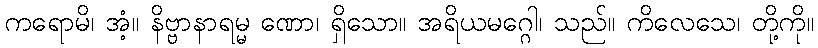
ကရောမိ၊ အံ့။ နိဗ္ဗာနာရမ္မ ဏော၊ ရှိသော။ အရိယမဂ္ဂေါ၊ သည်။ ကိလေသေ၊ တို့ကို။